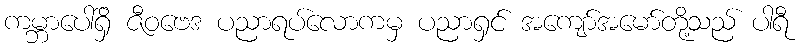
ကမ္ဘာပေါ်ရှိ ဇီဝဗေဒ ပညာရပ်လောကမှ ပညာရှင် အကျော်အမော်တို့သည် ပါရီ